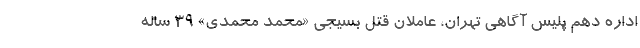
اداره دهم پلیس آگاهی تهران، عاملان قتل بسیجی «محمد محمدی» ۳۹ ساله